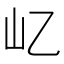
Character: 𡴭